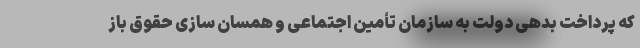
که پرداخت بدهی دولت به سازمان تأمین اجتماعی و همسان سازی حقوق باز